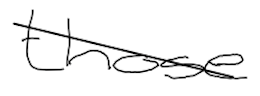
Text: those
Cross-out: diagonal
Writing tool: digital_black